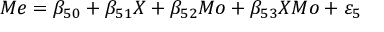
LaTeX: M e = \beta _ { 5 0 } + \beta _ { 5 1 } X + \beta _ { 5 2 } M o + \beta _ { 5 3 } X M o + \varepsilon _ { 5 }